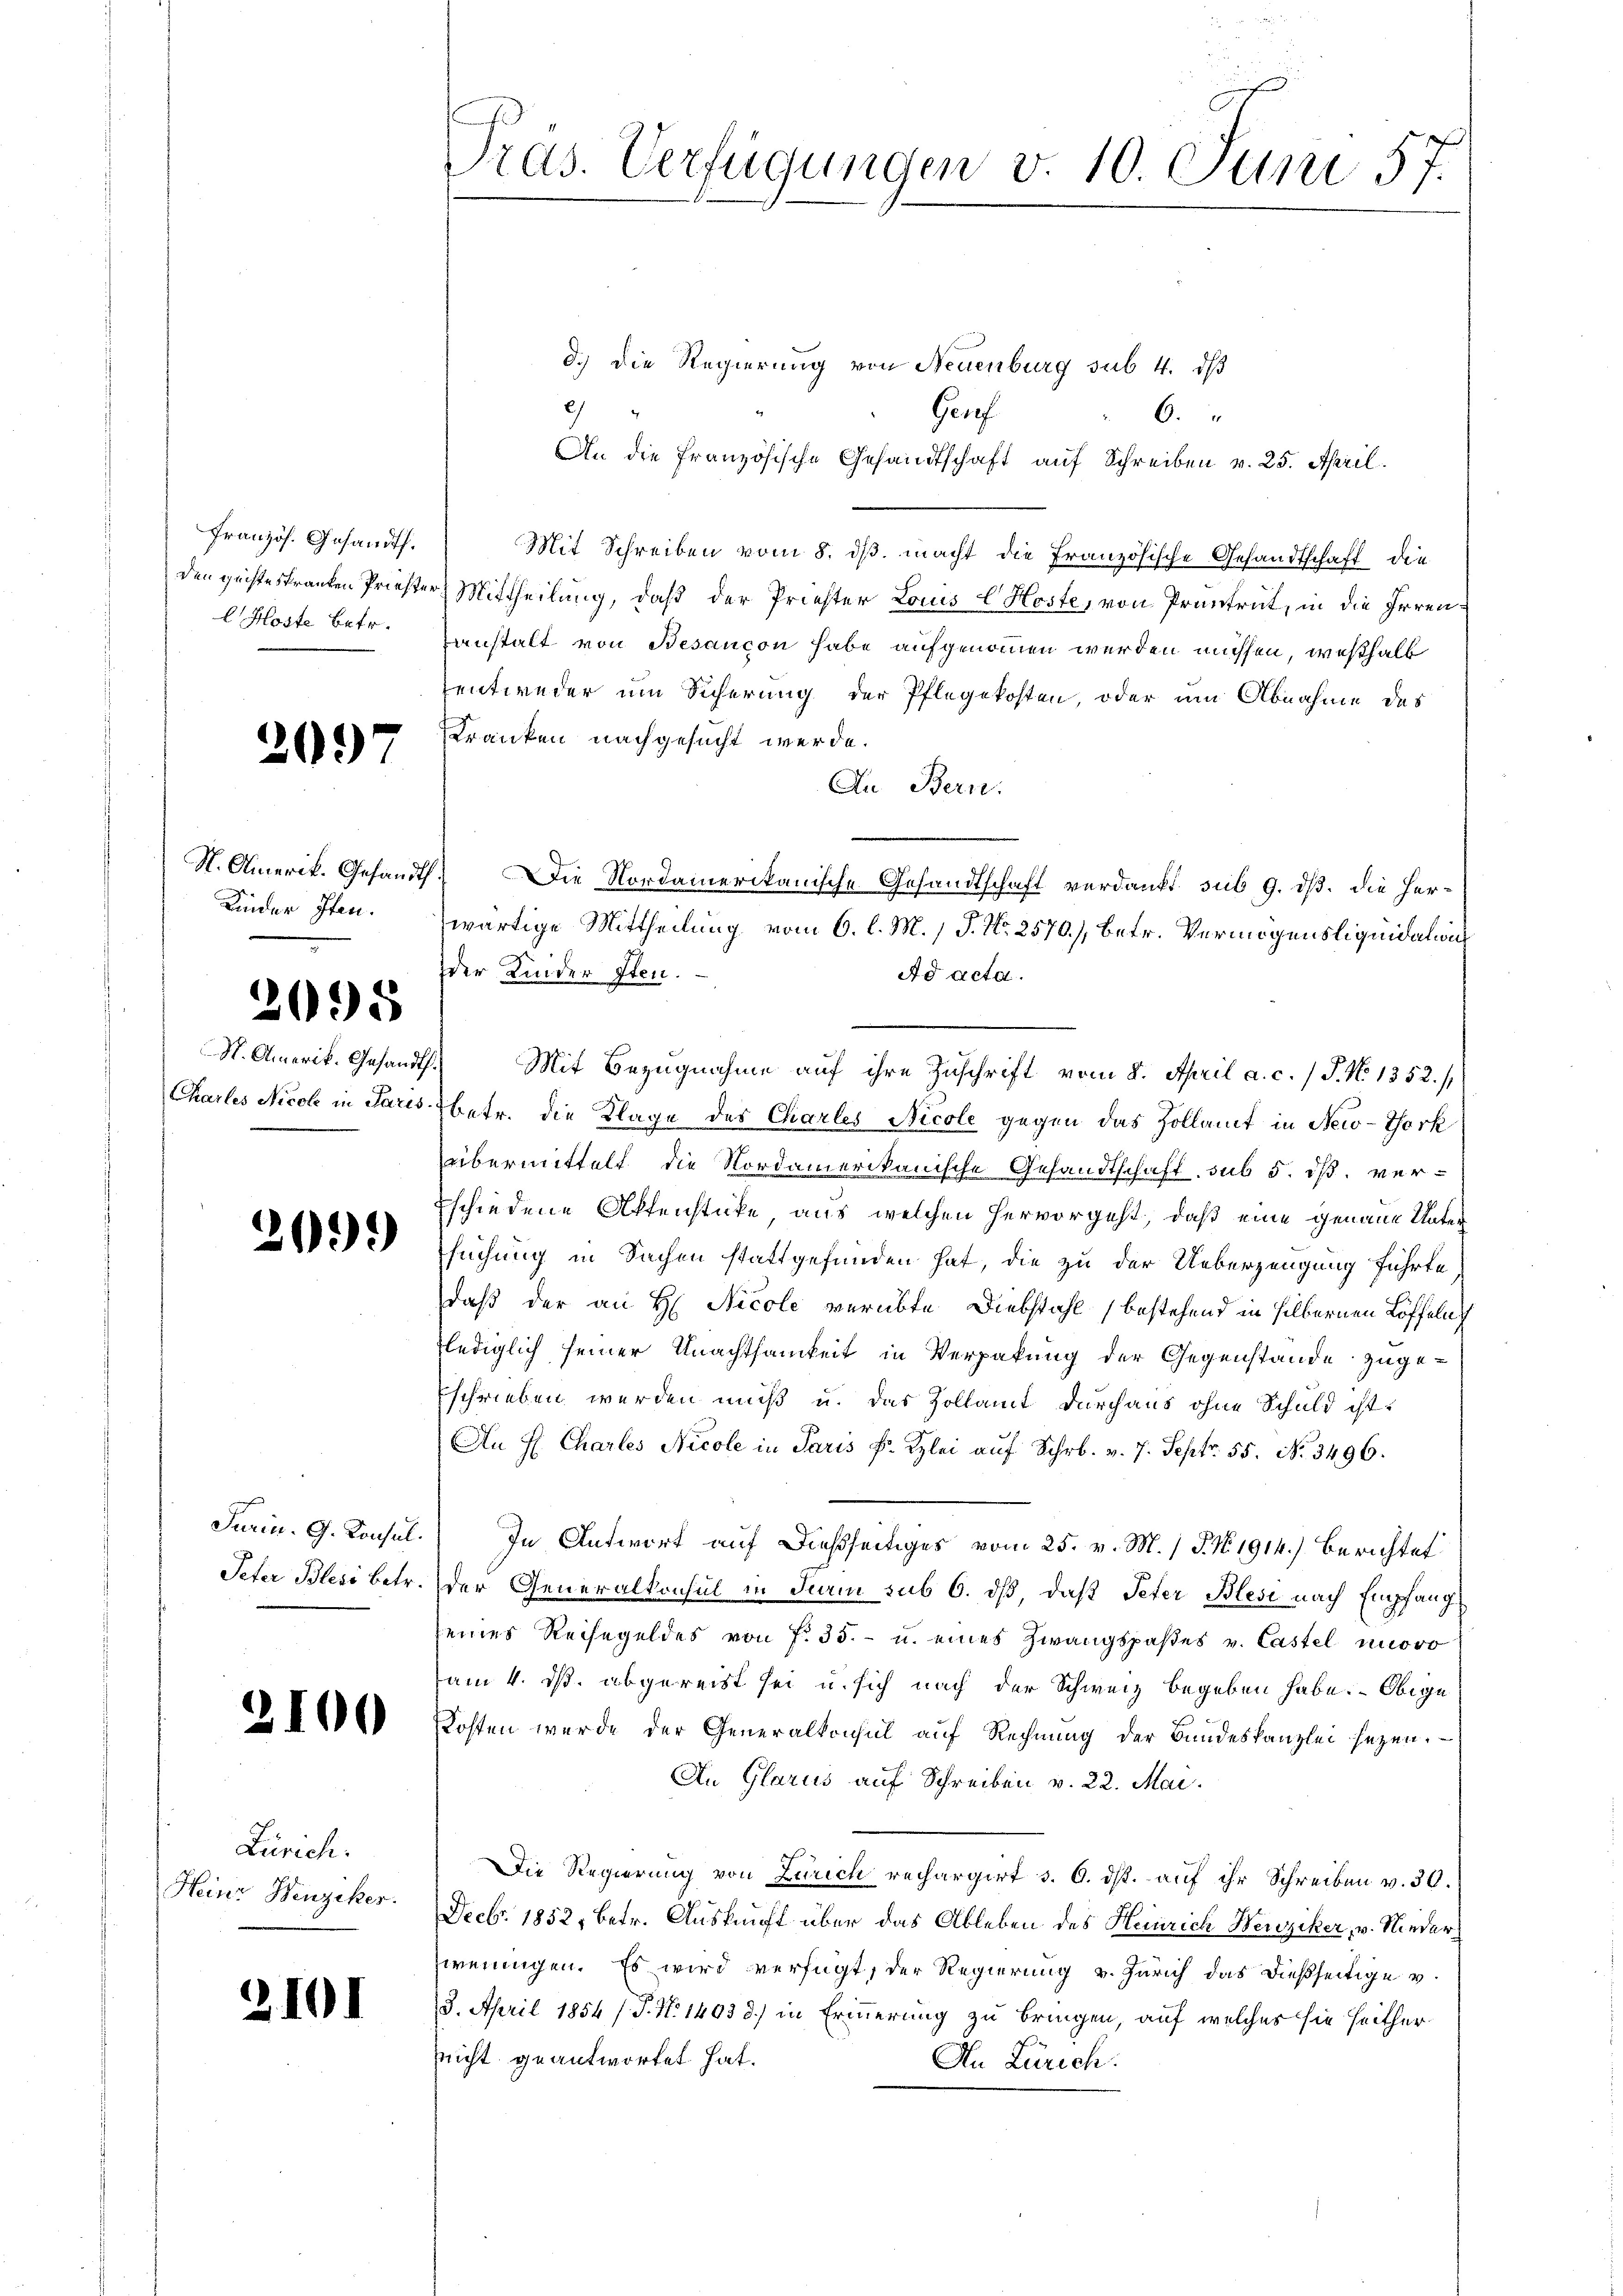
Französ. Gesandt.
l Koste betr.

2097

Kinder Pfen.

2098

2099

Jarin. G. Konsul
Peter Blesi betr.

2100

Zürich.
Heine Benzikes.

2101

Tras. Verfügungen v. 10. Juni 57.

d.) Die Regierung von Neuenburg sub 4. ds
2)
Grrf
6.
An die französische Gesandtschaft auf Schreiben v. 25. April.
Mit Schreiben vom 8. ds. macht die Französische Gesandtschaft die
den geisteskranken Priester Mittheilung, daß der Priester Louis l Hoste, von Pruntrut, in die Irrenanstalt von Besançon habe aufgenommen werden müssen, weßhalb
entweder um Sicherung der Pflegekosten, oder am Abnahme des
Kranken nachgesucht werde.
An Bern.
S. Amerik. Gesandt. Die Nordamerikanische Gesandtschaft verdankt sub 9. dß. die Herwärtige Mittheilung vom 6. l. M. / P. Nr. 2570/, betr. Vermögensliquidation
der Kinder sten.
Ad acta.
N. Amerik. Gesandth. Mit Bezugnahme auf ihre Zuschrift vom 8. April a. c. / J. No 1352./
Charles Nicol in Paris betr. die Klage des Charles Nicole gegen das Zollamt in New-York
übermittelt die Nordamerikanische Gesandtschaft, sub 5. ist. ver-
Eschiedene Aktenstücke, aus welchen hervorgeht, daß eine genaue Untersuchung in Sachen stattgefunden hat, die zu der Ueberzeugung führte,
daß der an H. Nicole verübte Diebstahl bestehend in silbernen Löffeln
lediglich seiner Unachtsamkeit in Verpakung der Gegenstände zugeschrieben werden muß u. das Zollamt durchaus ohne Schuld ist.
An f. Charles Nicole in Paris k. Kzlei aŭf Schr. v. 7. Sept. 55. No. 3496.
In Antwort auf dießseitiges vom 25. v. M.) P. No. 1914.) Berichtet
der Generalkonsul in Fiain sub 6. dß, daß Peter Blesi nach Empfang
eines Reisegeldes von f. 35.- u. eines Zwangspaßes v. Castel unoro
am 4. ds. abgereist sei u. sich nach der Schweiz begeben habe. Obige
Kosten wurde der Generalkonsul auf Rechnŭng der Bundeskanzlei sezen.
An Glarus auf Schreiben v. 22. Mai.
Die Regierung von Zürich rechargirt s. 6. ds. auf ihr Schreiben v. 30.
Decbr. 1852, betr. Auskunft über das Ableben des Heinrich Weriziker, v. Niederzweiungen. Es wird verfügt, der Regierung v. Zürich das dießseitige v.
3. April 1854 / P. Nr. 1403 d.) in Erinnerung zu bringen, auf welches sie heither
nicht geantwortet hat.
An Zürich.